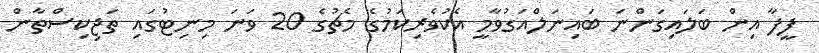
ފީފާ އިން ބަލައިގަންނަ ބައިނަލްއަގުވާމީ އެކުވެރިކަމުގެ މެޗުގެ 20 ވަނަ މިނިޓުގައި ތަޖިިކިސްތާން